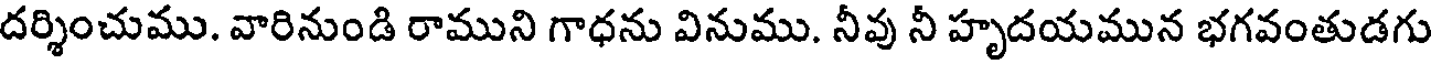
దర్శించుము. వారినుండి రాముని గాధను వినుము. నీవు నీ హృదయమున భగవంతుడగు